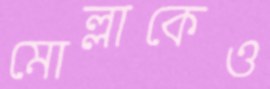
মোল্লাকেও